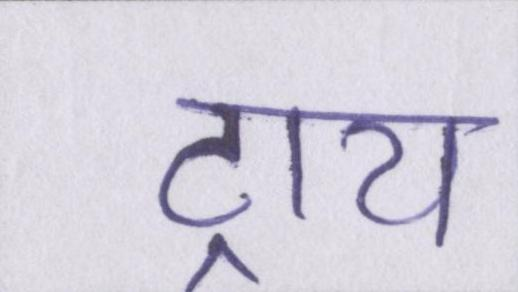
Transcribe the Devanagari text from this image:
ट्राय